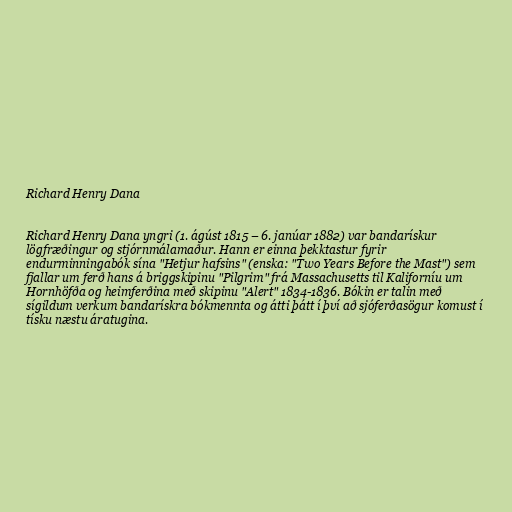
Richard Henry Dana

Richard Henry Dana yngri (1. ágúst 1815 – 6. janúar 1882) var bandarískur
lögfræðingur og stjórnmálamaður. Hann er einna þekktastur fyrir
endurminningabók sína "Hetjur hafsins" (enska: "Two Years Before the Mast") sem
fjallar um ferð hans á briggskipinu "Pilgrim" frá Massachusetts til Kaliforníu um
Hornhöfða og heimferðina með skipinu "Alert" 1834-1836. Bókin er talin með
sígildum verkum bandarískra bókmennta og átti þátt í því að sjóferðasögur komust í
tísku næstu áratugina.